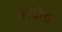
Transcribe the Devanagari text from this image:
काडीस